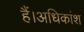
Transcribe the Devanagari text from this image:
हैं।अधिकांश